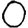
Digit: 0